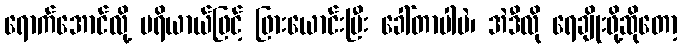
ရောက်အောင်လို့ ပရိယာယ်ဖြင့် ဖြားယောင်းပြီး ခေါ်တာပါပဲ၊ အဲဒီလို ရေချိုးဖို့ဆိုတော့